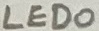
Text: LED0